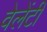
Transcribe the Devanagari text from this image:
वेलेंटी